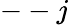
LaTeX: --j